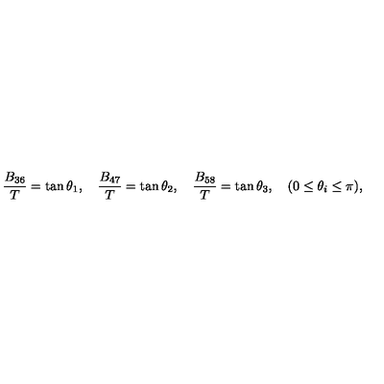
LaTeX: \frac { B _ { 3 6 } } { T } = \tan \theta _ { 1 } , \quad \frac { B _ { 4 7 } } { T } = \tan \theta _ { 2 } , \quad \frac { B _ { 5 8 } } { T } = \tan \theta _ { 3 } , \quad ( 0 \leq \theta _ { i } \leq \pi ) ,